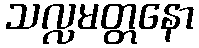
သလ္လမတ္တနော